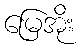
မြေအိုး